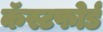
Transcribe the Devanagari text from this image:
कॅस्टफोर्ड